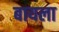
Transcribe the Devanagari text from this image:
बायला